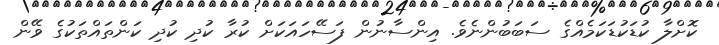
ކޮށްލާ ކުޑަކުޑަކަމެއްގެ ސަބަބުންނެވެ. އިންސާނުން ފަސޭހައަކަށް ކުރާ ކުދި ކުދި ކަންތައްތަކުގެ ވޭން